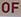
of